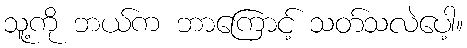
သူ့ကို ဘယ်က ဘာကြောင့် သတ်သလဲပေါ့။